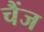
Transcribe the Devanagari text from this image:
चैंज